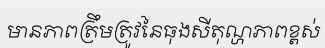
មានភាពត្រឹមត្រូវនៃធុងសីតុណ្ហភាពខ្ពស់